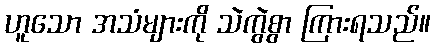
ဟူသော အသံများကို သဲကွဲစွာ ကြားရသည်။